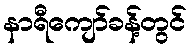
နာရီကျော်ခန့်တွင်